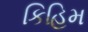
કિહિમ